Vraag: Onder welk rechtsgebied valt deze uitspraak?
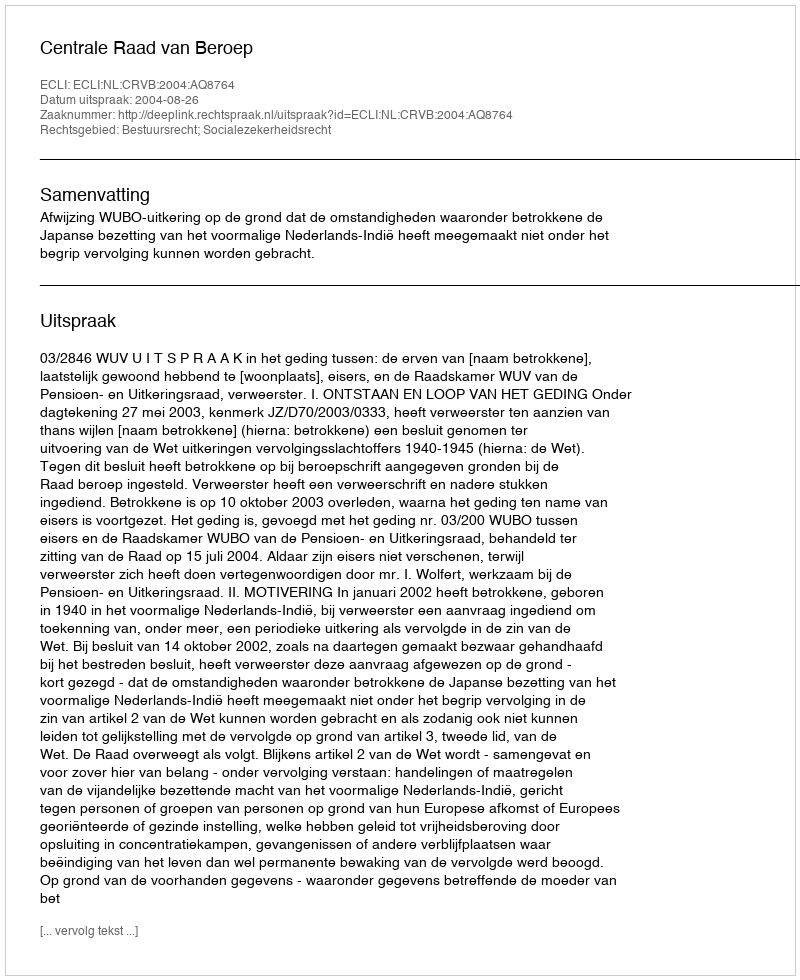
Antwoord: Bestuursrecht; Socialezekerheidsrecht